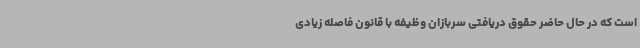
است که در حال حاضر حقوق دریافتی سربازان وظیفه با قانون فاصله زیادی